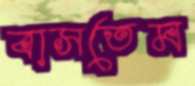
বাসতেম